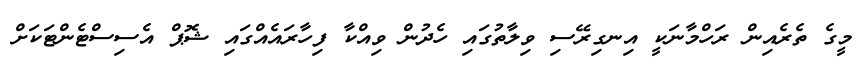
މީގެ ތެރެއިން ރަހްމާނަކީ އިނގިރޭސި ވިލާތުގައި ހެދުން ވިއްކާ ފިހާރައެއްގައި ޝޮޕް އެސިސްޓެންޓަކަށް